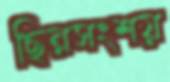
ছিন্নসংশয়